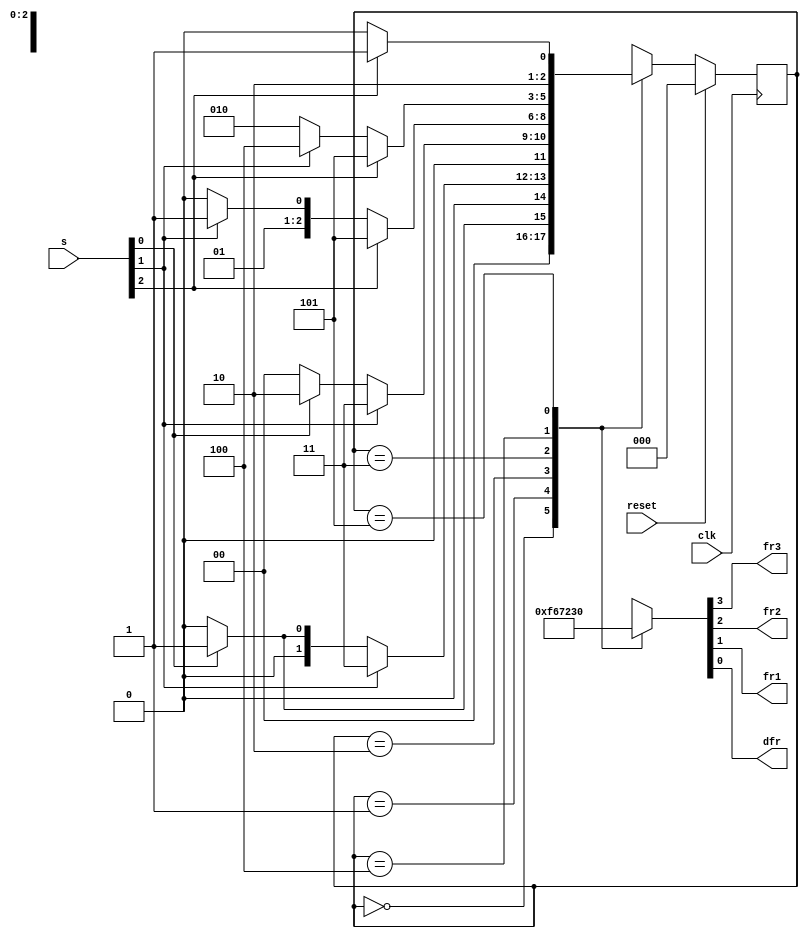
module top_module (
	input clk,
	input reset,
	input [3:1] s,
	output reg fr3,
	output reg fr2,
	output reg fr1,
	output reg dfr
);

	parameter A2=0, B1=1, B2=2, C1=3, C2=4, D1=5;
	reg [2:0] state, next;

	always @(posedge clk) begin
		if (reset) state <= A2;
		else state <= next;
	end


	always@(*) begin
		case (state)
			A2: next = s[1] ? B1 : A2;
			B1: next = s[2] ? C1 : (s[1] ? B1 : A2);
			B2: next = s[2] ? C1 : (s[1] ? B2 : A2);
			C1: next = s[3] ? D1 : (s[2] ? C1 : B2);
			C2: next = s[3] ? D1 : (s[2] ? C2 : B2);
			D1: next = s[3] ? D1 : C2;
			default: next = 3'bxxx;
		endcase
	end
	
	
	always@(*) begin
		case (state)
			A2: {fr3, fr2, fr1, dfr} = 4'b1111;
			B1: {fr3, fr2, fr1, dfr} = 4'b0110;
			B2: {fr3, fr2, fr1, dfr} = 4'b0111;
			C1: {fr3, fr2, fr1, dfr} = 4'b0010;
			C2: {fr3, fr2, fr1, dfr} = 4'b0011;
			D1: {fr3, fr2, fr1, dfr} = 4'b0000;
			default: {fr3, fr2, fr1, dfr} = 4'bxxxx;
		endcase
	end
	
endmodule